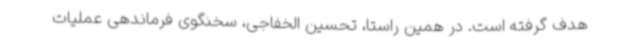
هدف گرفته است. در همین راستا، تحسین الخفاجی، سخنگوی فرماندهی عملیات